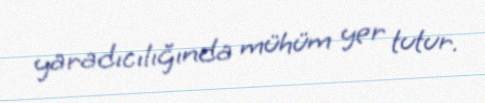
yaradıcılığında mühüm yer tutur.